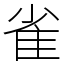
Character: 雀